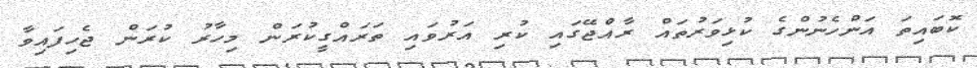
ކޮބައިތަ އަންހެނުންގެ ކުޅިވަރުތައް ރާއްޖޭގައި ކުރި އަރުވައި ތަރައްގީކުރަން މިހާރު ކުރަން ޖެހިފައިވާ